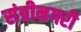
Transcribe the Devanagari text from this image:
संत्रीनगरी